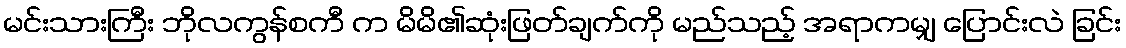
မင်းသားကြီး ဘိုလကွန်စကီ က မိမိ၏ဆုံးဖြတ်ချက်ကို မည်သည့် အရာကမျှ ပြောင်းလဲ ခြင်း